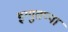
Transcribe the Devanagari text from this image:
इग्गुतप्पा